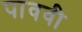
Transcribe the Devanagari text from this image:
पाववी